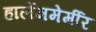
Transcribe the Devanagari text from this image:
हार्लेममेर्मीर